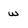
Character: w